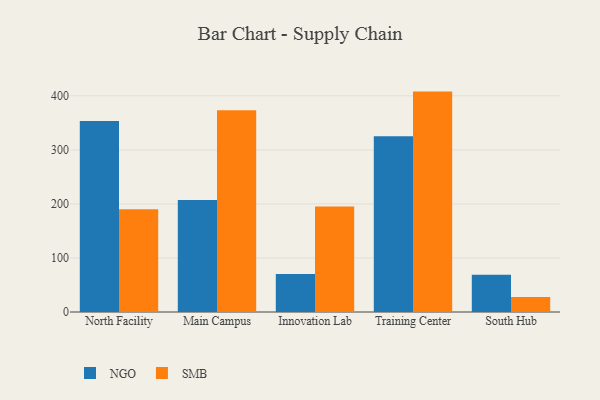
{"axis": {"x": "Campus", "y": "Inventory Turnover"}, "legend": ["NGO", "SMB"], "data": [{"x": "North Facility", "y": 353.6, "type": "NGO"}, {"x": "North Facility", "y": 190.2, "type": "SMB"}, {"x": "Main Campus", "y": 207.3, "type": "NGO"}, {"x": "Main Campus", "y": 373.4, "type": "SMB"}, {"x": "Innovation Lab", "y": 70.4, "type": "NGO"}, {"x": "Innovation Lab", "y": 195.4, "type": "SMB"}, {"x": "Training Center", "y": 325.2, "type": "NGO"}, {"x": "Training Center", "y": 407.9, "type": "SMB"}, {"x": "South Hub", "y": 68.9, "type": "NGO"}, {"x": "South Hub", "y": 27.7, "type": "SMB"}]}